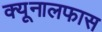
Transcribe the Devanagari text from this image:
क्यूनालफास